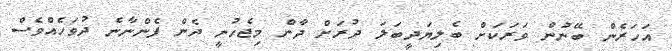
އަހަރެން ބޭނުން ވަރަކަށް ބެލިޔަދީބަލަ ދުރަށް ދާން މިޖެހުނީ ދެން ފެންނާނެ ދުވަހެއްވެސް